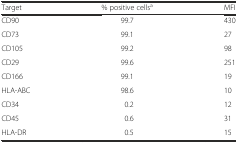
<table><thead><tr><td><b>Target</b></td><td><b>% positive cells<sup>a</sup></b></td><td><b>MFI</b></td></tr></thead><tbody><tr><td>CD90</td><td>99.7</td><td>430</td></tr><tr><td>CD73</td><td>99.1</td><td>27</td></tr><tr><td>CD105</td><td>99.2</td><td>98</td></tr><tr><td>CD29</td><td>99.6</td><td>251</td></tr><tr><td>CD166</td><td>99.1</td><td>19</td></tr><tr><td>HLA-ABC</td><td>98.6</td><td>10</td></tr><tr><td>CD34</td><td>0.2</td><td>12</td></tr><tr><td>CD45</td><td>0.6</td><td>31</td></tr><tr><td>HLA-DR</td><td>0.5</td><td>15</td></tr></tbody></table>